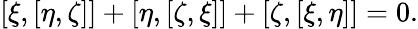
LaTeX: [\xi,[\eta,\zeta]]+[\eta,[\zeta,\xi]]+[\zeta,[\xi,\eta]]=0.